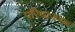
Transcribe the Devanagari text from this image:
परिघाजवळ